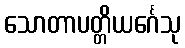
သောတာပတ္တိယင်္ဂေသု